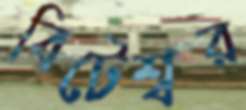
বিটেশ্বর